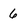
Character: 6